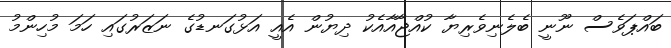
ބައްޕަވެސް ނޫނީ ބެލެނިވެރިޔާ ކުއްޖާއާއެކު ދިޔުން އެއީ އަޅުގަނޑުގެ ނަޒަރުގައި ހަމަ މުހިންމު